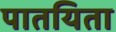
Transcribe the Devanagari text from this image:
पातयिता